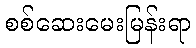
စစ်ဆေးမေးမြန်းရာ